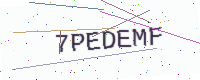
Text: 7PEDEMF